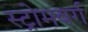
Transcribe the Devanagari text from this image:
स्ट्रोमबर्ग